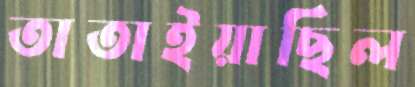
তাতাইয়াছিল